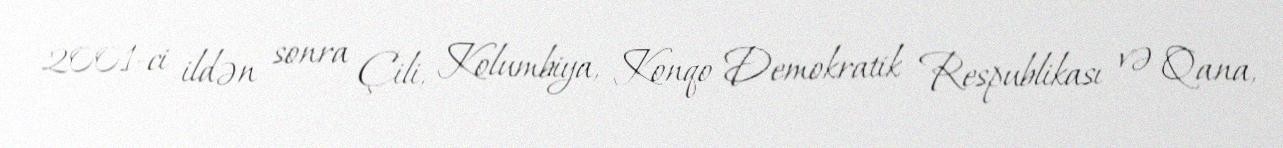
2001-ci ildən sonra Çili, Kolumbiya, Konqo Demokratik Respublikası və Qana,